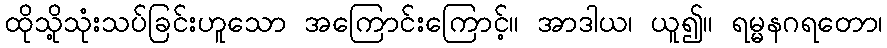
ထိုသို့သုံးသပ်ခြင်းဟူသော အကြောင်းကြောင့်။ အာဒါယ၊ ယူ၍။ ရမ္မနဂရတော၊